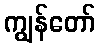
ကျွန်တော်